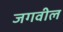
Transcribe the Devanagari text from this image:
जगवील